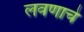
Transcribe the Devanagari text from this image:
लवणाचे